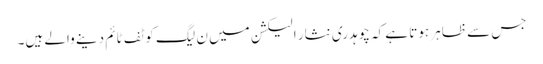
جس سے ظاہر ہوتا ہے کہ چوہدری نثار الیکشن میں ن لیگ کو ٹف ٹائم دینے والے ہیں۔